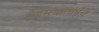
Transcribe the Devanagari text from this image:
स्नेहसुधाताईंचे